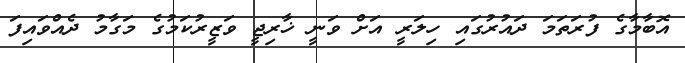
އޮބާމާގެ ފުރަތަމަ ދައުރުގައި ހިލަރީ އަށް ވަނީ ޚާރިޖީ ވަޒީރުކަމުގެ މަގާމު ދެއްވައިފަ